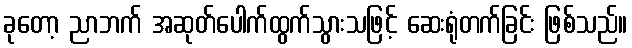
ခုတော့ ညာဘက် အဆုတ်ပေါက်ထွက်သွားသဖြင့် ဆေးရုံတက်ခြင်း ဖြစ်သည်။